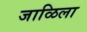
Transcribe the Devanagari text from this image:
जाळिला